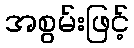
အစွမ်းဖြင့်